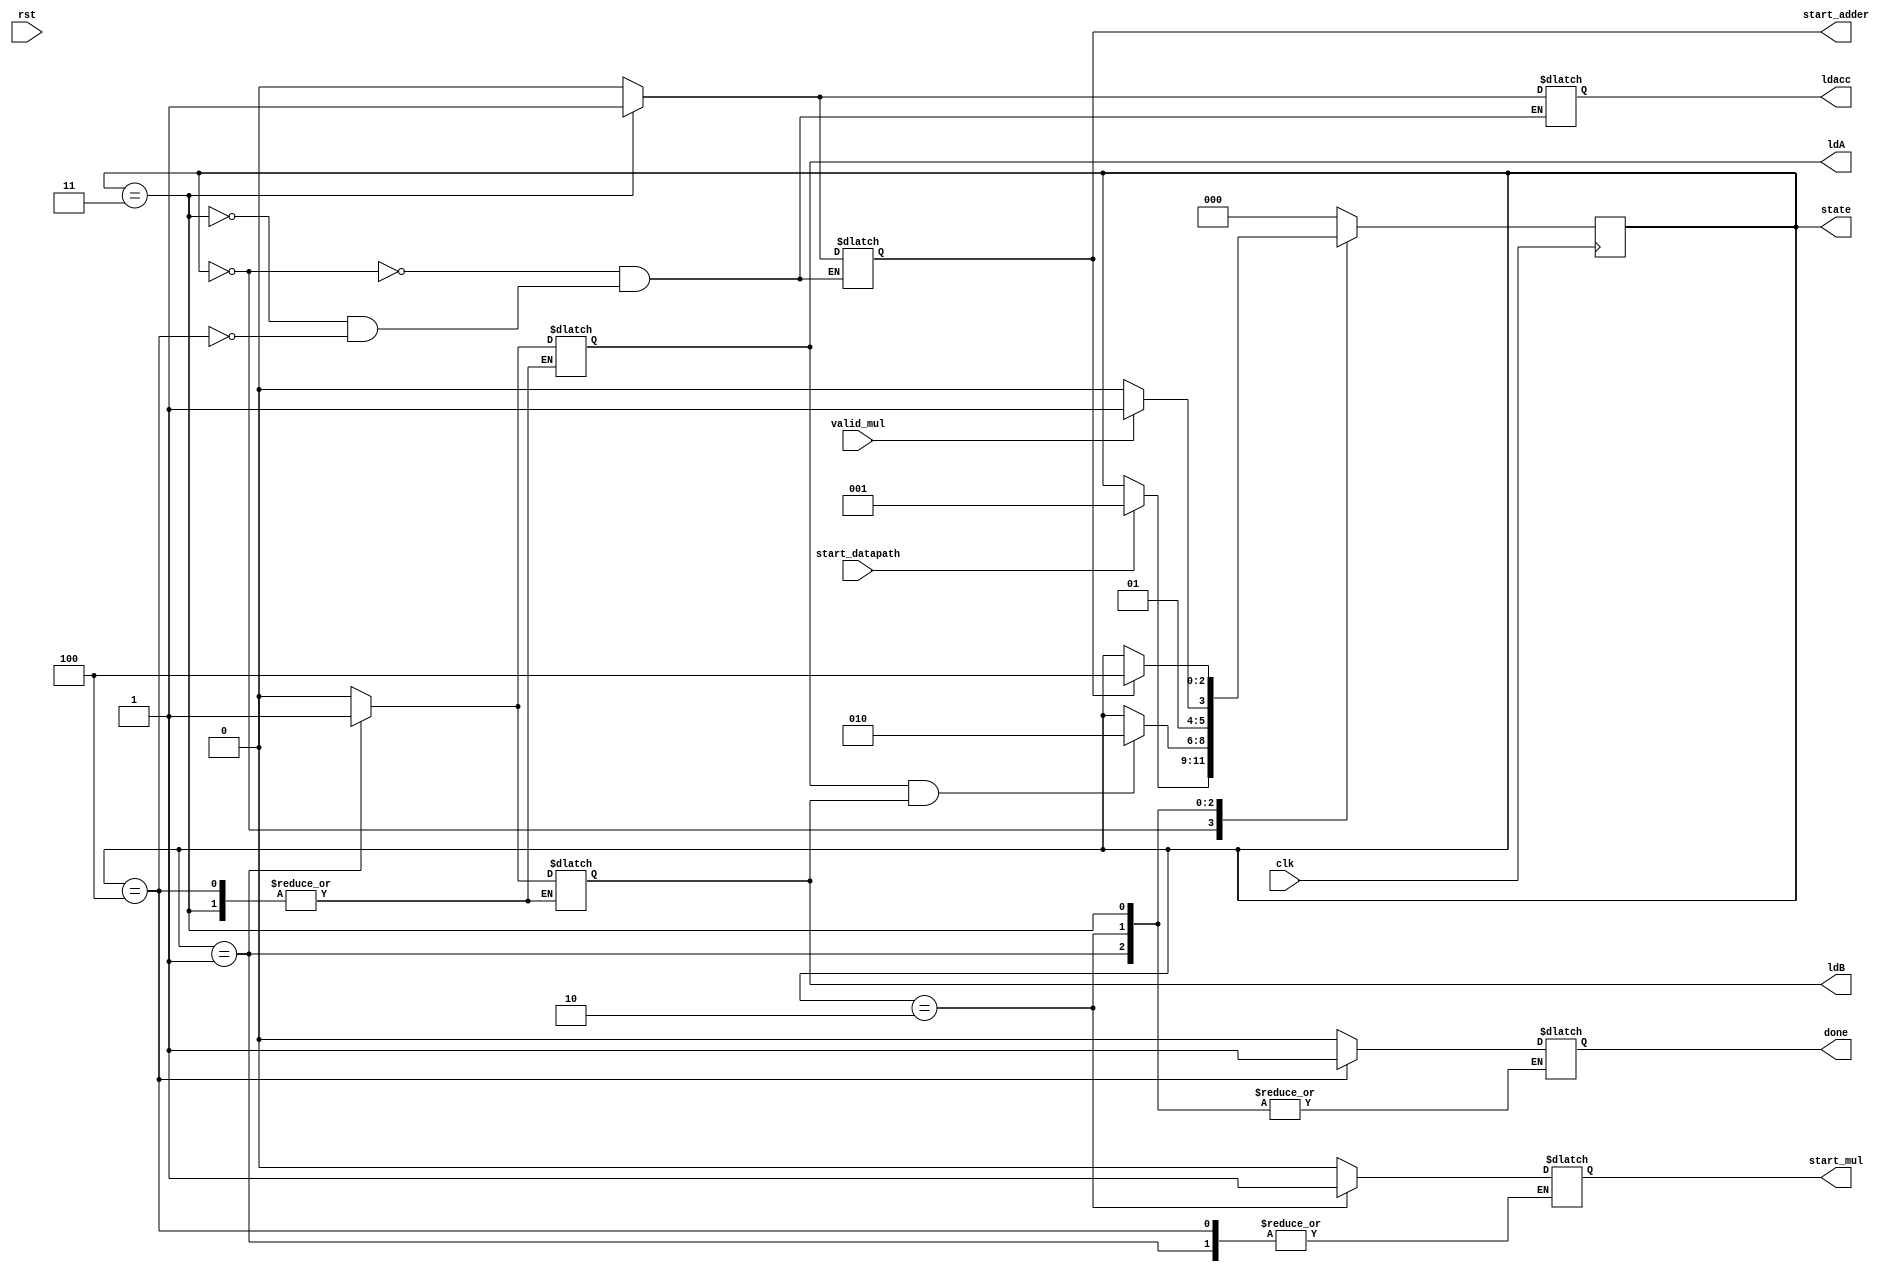
`timescale 1ns / 1ps

module mac_controller(clk, rst, start_datapath, ldA, ldB, start_mul, ldacc, start_adder, valid_mul, done, state);
input clk, rst;
input start_datapath;
input valid_mul;

output reg ldA, ldB;
output reg start_mul;
output reg ldacc;
output reg start_adder;
output reg done;
output reg [2:0] state;

parameter S0 = 3'b000, 
          S1 = 3'b001, 
          S2 = 3'b010, 
          S3 = 3'b011, 
          S4 = 3'b100;

always @(posedge clk)
begin
    case(state)
        S0: if(start_datapath) state <= S1;
        S1: if(ldA&ldB)  state <= S2;
        S2: if(valid_mul)   state <= S3;
            else state <= S2;
        S3: if(start_adder) state<=S4;
        
        default: state <= S0;
    endcase
end

always@(state) begin
    case(state)
        S0:begin ldA=0;ldB=0;start_mul=0;start_adder=0;ldacc=0;done=0; end
        S1:begin ldA=1;  ldB=1; end
        S2:begin ldA=0;  ldB=0; start_mul=1;end
        S3:begin start_mul=0;   ldacc=1; start_adder=1;end
        S4:begin   ldacc=0; start_adder=0;   done=1;   end
        
        default:    begin ldA=0;ldB=0;start_mul=0;done=0; end
     endcase
 end

endmodule